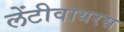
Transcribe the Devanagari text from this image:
लेंटीवायरस